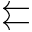
\leftleftarrows